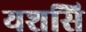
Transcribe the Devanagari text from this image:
यशसि